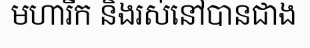
មហារីក និងរស់នៅបានជាង